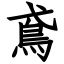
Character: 鳶